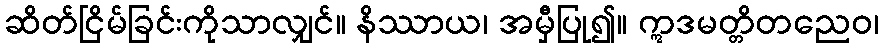
ဆိတ်ငြိမ်ခြင်းကိုသာလျှင်။ နိဿာယ၊ အမှီပြု၍။ ဣဒမတ္တိတညေဝ၊